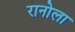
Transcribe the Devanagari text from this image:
रानोला